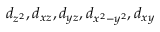
d _ { z ^ { 2 } } , d _ { x z } , d _ { y z } , d _ { x ^ { 2 } - y ^ { 2 } } , d _ { x y }